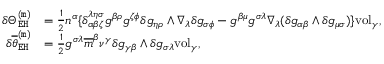
\begin{array} { r l } { \delta \Theta _ { \mathtt { E H } } ^ { \mathtt { ( m ) } } } & { = \frac { 1 } { 2 } n ^ { \alpha } \{ \delta _ { \alpha \beta \zeta } ^ { \lambda \eta \sigma } g ^ { \beta \rho } g ^ { \zeta \phi } \delta g _ { \eta \rho } \wedge \nabla _ { \lambda } \delta g _ { \sigma \phi } - g ^ { \beta \mu } g ^ { \sigma \lambda } \nabla _ { \lambda } ( \delta g _ { \alpha \beta } \wedge \delta g _ { \mu \sigma } ) \} \mathrm { v o l } _ { \gamma } , } \\ { \delta \overline { { \theta } } _ { \mathtt { E H } } ^ { \mathtt { ( m ) } } } & { = \frac { 1 } { 2 } g ^ { \sigma \lambda } \overline { { m } } ^ { \beta } \nu ^ { \gamma } \delta g _ { \gamma \beta } \wedge \delta g _ { \sigma \lambda } \mathrm { v o l } _ { \gamma } , } \end{array}